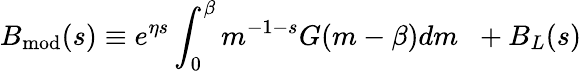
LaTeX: B_{\mathrm{mod}}(s)\equiv e^{\eta s}\int_{0}^{\beta}m^{-1-s}G(m-\beta)dm\; \; +B_{L}(s)